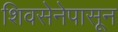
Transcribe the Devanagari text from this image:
शिवसेनेपासून